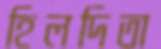
হিলদিতা